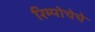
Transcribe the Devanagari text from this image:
रिम्पोचेचे